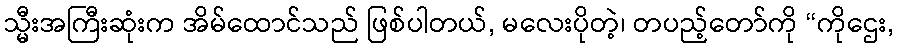
သ္မီးအကြီးဆုံးက အိမ်ထောင်သည် ဖြစ်ပါတယ်, မလေးပိုတဲ့၊ တပည့်တော်ကို “ကိုဌေး,